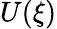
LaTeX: U(\xi)